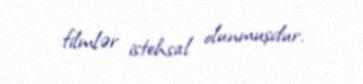
filmlər istehsal olunmuşdur.